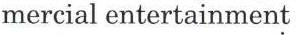
mercial entertainment